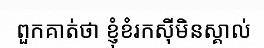
ពួកគាត់ថា ខ្ញុំខំរកស៊ីមិនស្គាល់